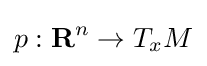
p:\mathbf {R} ^{n}\to T_{x}M